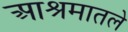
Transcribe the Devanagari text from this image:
आश्रमातले